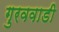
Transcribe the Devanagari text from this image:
गुरववाडी